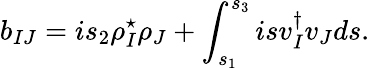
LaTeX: b_{IJ}=is_{2}\rho_{I}^{\star}\rho_{J}+\int_{s_{1}}^{s_{3}}isv_{I}^{\dagger}v_{J}ds.